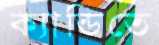
ক্যান্ডিতে